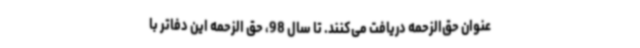
عنوان حق‌الزحمه دریافت می‌کنند. تا سال 98، حق الزحمه این دفاتر با